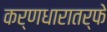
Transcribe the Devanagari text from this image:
कर्णधारातर्फे